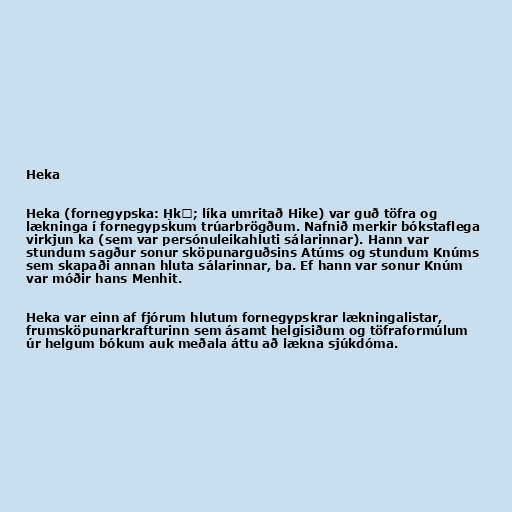
Heka

Heka (fornegypska: Ḥkȝ; líka umritað Hike) var guð töfra og
lækninga í fornegypskum trúarbrögðum. Nafnið merkir bókstaflega
virkjun ka (sem var persónuleikahluti sálarinnar). Hann var
stundum sagður sonur sköpunarguðsins Atúms og stundum Knúms
sem skapaði annan hluta sálarinnar, ba. Ef hann var sonur Knúm
var móðir hans Menhit.

Heka var einn af fjórum hlutum fornegypskrar lækningalistar,
frumsköpunarkrafturinn sem ásamt helgisiðum og töfraformúlum
úr helgum bókum auk meðala áttu að lækna sjúkdóma.